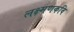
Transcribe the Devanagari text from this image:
लक्ष्मणकवि